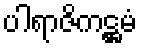
ပါရာဇိကဋ္ဌမံ